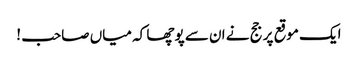
ایک موقع پر جج نے ان سے پوچھا کہ میاں صاحب !